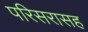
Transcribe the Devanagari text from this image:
परिसरासह